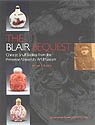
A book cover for The Blair Bequest: Chinese Snuff Bottles from the Princeton University Art Museum; Michael Hughes; Crafts, Hobbies & Home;